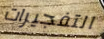
التفجيرات